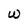
Character: W